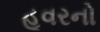
હૂવરનો